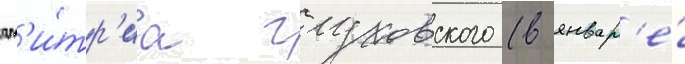
дм'и́тр'иа глуховского (в январ'е́